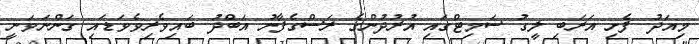
މިއަދު ފެށި އަރަބި ލީގު ސަމިޓްގައި އުރުދުންގެ ރަސްގެފާނު އަބްދު ބައިވެރިވެވަޑައި ގަންނަވަނީ